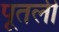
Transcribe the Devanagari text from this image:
पूतली